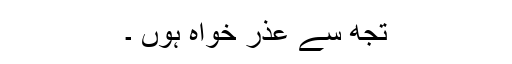
تجھ سے عذر خواہ ہوں ۔